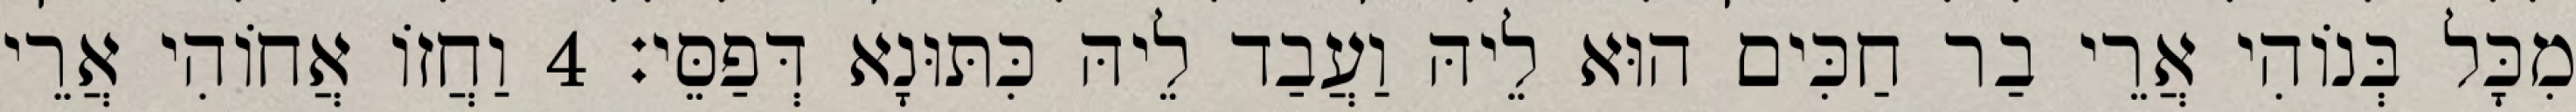
מִכָּל בְּנוֹהִי אֲרֵי בַר חַכִּים הוּא לֵיהּ וַעֲבַד לֵיהּ כִּתּוּנָא דְּפַסֵּי׃ 4 וַחֲזוֹ אֲחוֹהִי אֲרֵי